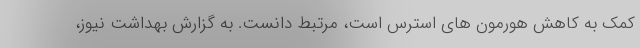
کمک به کاهش هورمون های استرس است، مرتبط دانست. به گزارش بهداشت نیوز،